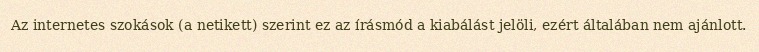
Az internetes szokások (a netikett) szerint ez az írásmód a kiabálást jelöli, ezért általában nem ajánlott.